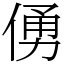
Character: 𠋀